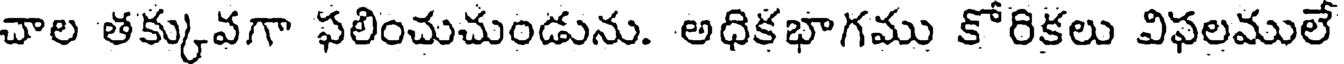
చాల తక్కువగా ఫలించుచుండును. అధికభాగము కోరికలు విఫలములే